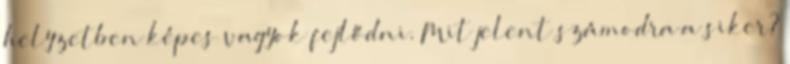
helyzetben képes vagyok fejlődni. Mit jelent számodra a siker?